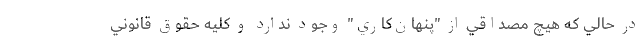
در حالي كه هيچ مصداقي از "پنهان‌كاري" وجود ندارد و كليه حقوق قانوني